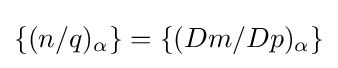
\{(n/q)_{\alpha }\}=\{(Dm/Dp)_{\alpha }\}